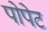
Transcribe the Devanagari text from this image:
पोपेट